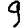
Digit: 9